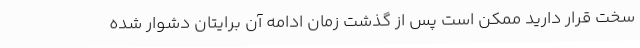
سخت قرار دارید ممکن است پس از گذشت زمان ادامه آن برایتان دشوار شده